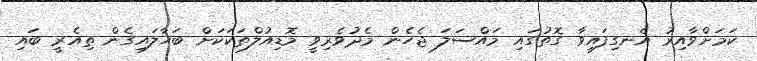
ކަމަށްވާއިރު އެނގިފައިވާ ގޮތުގައި މައްސަލަ ޖެހެން މެދުވެރިވީ މޮޑިއުލްތަކަކަށް ބަހާލައިގެން ތިއެރީ ބައި